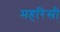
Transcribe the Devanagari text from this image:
महरिसी